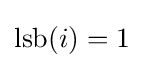
\operatorname {lsb} (i)=1